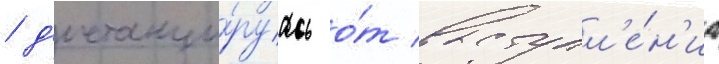
/ д'истанци́руась о́т выступл'е́н'иа